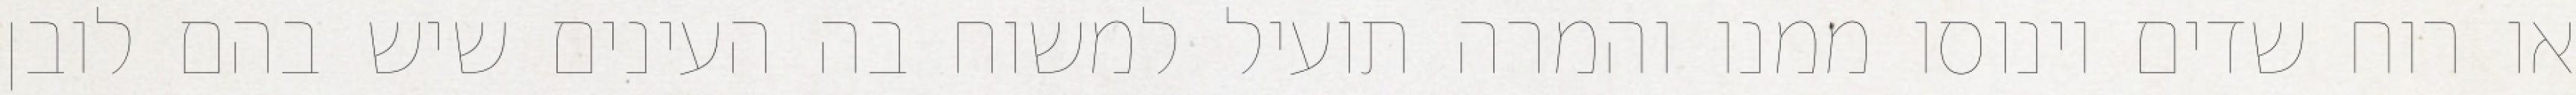
או רוח שדים וינוסו ממנו והמרה תועיל למשוח בה העינים שיש בהם לובן